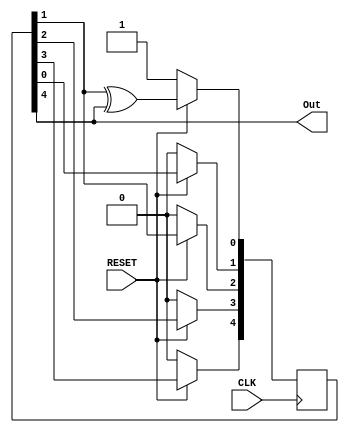
// --- Question 1 --- //

module LFSR(Out, CLK, RESET);
    input CLK, RESET;
    output Out;

    // Edit your module contents here
    reg [4:0] DFF;
    always @(posedge CLK) begin
      if(RESET==0) begin
        DFF <= 5'b00001;
      end else begin
        DFF[4] <= DFF[3];
        DFF[3] <= DFF[2];
        DFF[2] <= DFF[1];
        DFF[1] <= DFF[0];
        DFF[0] <= DFF[1] ^ DFF[4];
      end
    end
    assign Out = DFF[4];
endmodule

// --- Question 2 --- //
module Pingpong_Counter(Out, Direction, CLK, RESET, Enable);
    input CLK, RESET, Enable;
	output [3:0] Out;
    output Direction;

	// Edit your module contents here
	reg [3:0] counter;
    reg Direction = 0;
    always @(posedge CLK) begin 
      if ( RESET == 0 ) begin
        counter = 4'b0000;
      end else begin
        if ( Enable == 1 ) begin
          if ( (counter==4'b1111 & Direction==0) | (counter==4'b0000 & Direction==1) ) begin
            Direction = ~Direction;
          end
          if (Direction == 0) begin
            counter = counter + 1'b1;
          end else begin
            counter = counter - 1'b1;
          end
        end
      end
    end
    assign Out = counter;
endmodule


// --- Question 3 --- //
module CLK_Divider(CLK1_2, CLK1_4, CLK1_8, CLK1_3, DCLK, CLK, RESET, SEL);
    input CLK, RESET;
	input [1:0] SEL;
    output CLK1_2, CLK1_4, CLK1_8, CLK1_3, DCLK;

	// Edit your module contents here
	reg cnt2;
    reg [1:0] cnt4,cnt3;
    reg [2:0] cnt8;
    always @(posedge CLK) begin
      if (!RESET) begin
        cnt2 <= 0;
        cnt4 <= 1;
        cnt8 <= 3;
        cnt3 <= 0;
      end else begin 
        if (cnt2==1) begin
          cnt2 <= 0;
        end else begin
          cnt2 <= cnt2 + 1;
        end
        if (cnt4==3) begin
          cnt4 <= 0;
        end else begin
          cnt4 <= cnt4 + 1;
        end
        if (cnt8==7) begin
          cnt8 <= 0;
        end else begin
          cnt8 <= cnt8 + 1;
        end
        if (cnt3==2) begin
          cnt3 <= 0;
        end else begin;
          cnt3 <= cnt3 + 1;
        end
      end
    end
    assign CLK1_2=cnt2;
    assign CLK1_4=cnt4[1];
    assign CLK1_8=cnt8[2];
    assign CLK1_3=(cnt3==2'b00)?0:1;
    assign DCLK=(SEL==2'b00)?CLK1_2:(SEL==2'b01)?CLK1_4:(SEL==2'b10)?CLK1_8:CLK1_3;

endmodule


// --- Question 4 --- //
module FPGA_SW_LED(LED, SW);
    input [15:0] SW;
    output [15:0] LED;

    // Edit your module contents here
    assign LED[0]=SW[0];
    assign LED[1]=SW[1];
    assign LED[2]=SW[2];
    assign LED[3]=SW[3];
    assign LED[4]=SW[4];
    assign LED[5]=SW[5];
    assign LED[6]=SW[6];
    assign LED[7]=SW[7];
    assign LED[8]=SW[8];
    assign LED[9]=SW[9];
    assign LED[10]=SW[10];
    assign LED[11]=SW[11];
    assign LED[12]=SW[12];
    assign LED[13]=SW[13];
    assign LED[14]=SW[14];
    assign LED[15]=SW[15];

endmodule

module FullAdder(Sum, C_out, C_in, A, B);
    output Sum, C_out;
    input  C_in, A, B;
    wire xor_w, w1, w2;
    xor xor1(xor_w, A, B);
    xor xor2(Sum, xor_w, C_in);
    and and1(w1, C_in, xor_w);
    and and2(w2, A, B);
    or or1(C_out, w1, w2);
endmodule

// --- Question 5 --- //
module FPGA_Adder(Sum, C_out, A, B, C_in);
    input [5:0] A;
    input [5:0] B;
    input C_in;
    output C_out;
    output [5:0] Sum;

    // Edit your module contents here
    wire [4:0]  w;
    FullAdder Fa0(Sum[0], w[0], C_in, A[0], B[0]);
    FullAdder Fa1(Sum[1], w[1], w[0], A[1], B[1]);
    FullAdder Fa2(Sum[2], w[2], w[1], A[2], B[2]);
    FullAdder Fa3(Sum[3], w[3], w[2], A[3], B[3]); 
    FullAdder Fa4(Sum[4], w[4], w[3], A[4], B[4]); 
    FullAdder Fa5(Sum[5], C_out, w[4], A[5], B[5]); 
endmodule

// --- Optional Question 1 ---- //
module FPGA_Pingpong_Counter(Out, Direction, CLK, RESET, Enable);
    input CLK, RESET, Enable;		// You are allowed to use asynchronous RESET
	output [3:0] Out;
    output Direction;

    // Edit your module contents here
    reg [24:0] divider;
    wire o_clk;
    reg [3:0] Out;
    reg Direction;
    always @(posedge CLK or negedge RESET) begin
      if (!RESET)
        divider <= 25'b0;
      else
        divider <= divider + 1;
    end
    assign o_clk = divider[24];
    always @(posedge o_clk or negedge RESET) begin  
      if (!RESET) begin
        Out = 4'b0000;
      end else begin
        if ( Enable == 0 ) begin
          if ( (Out==4'b1111 & Direction==0) | (Out==4'b0000 & Direction==1) ) begin
            Direction = ~Direction;
          end
          if (Direction == 0) begin
            Out = Out + 1'b1;
          end else begin
            Out = Out - 1'b1;
          end
        end
      end
    end
    
endmodule

module hexseg(hex,seg);
    input [3:0] hex;
    output reg [6:0] seg;
    always @(hex)
        begin
            case(hex)
                4'b0000:seg=7'b1000000;//0
                4'b0001:seg=7'b1111001;//1
                4'b0010:seg=7'b0100100;//2
                4'b0011:seg=7'b0110000;//3
                4'b0100:seg=7'b0011001;//4
                4'b0101:seg=7'b0010010;//5
                4'b0110:seg=7'b0000010;//6
                4'b0111:seg=7'b1111000;//7
                4'b1000:seg=7'b0000000;//8
                4'b1001:seg=7'b0011000;//9
                4'b1010:seg=7'b0001000;//a
                4'b1011:seg=7'b0000011;//b
                4'b1100:seg=7'b1000110;//c
                4'b1101:seg=7'b0100001;//d
                4'b1110:seg=7'b0000110;//e
                4'b1111:seg=7'b0001110;//f
            endcase
        end
endmodule

// --- Optional Question 2 ---- //
module FPGA_7_Segment(AN, Seg, CLK, SW);
    input CLK;		
    input [15:0] SW; // use SW[0] as your synchronous RESET
    output [3:0] AN;
	output [6:0] Seg;

    // Edit your module contents here
    reg [16:0] divider;
    wire       o_clk;
    reg [3:0] AN;
    reg [3:0] Sel_SW;
    hexseg hs(Sel_SW,Seg);
    always @(posedge CLK or negedge SW[0]) begin
      if (!SW[0])
        divider <= 17'b0;
      else
        divider <= divider + 1;
    end
    assign o_clk = divider[16];   
    always @(posedge o_clk or negedge SW[0]) begin
      if (!SW[0]) begin
        AN <= 4'b1110;
        Sel_SW <= 4'b0000;
      end else begin
         if (AN==4'b0111) begin
           Sel_SW=SW[3:0];
           AN <= 4'b1110;
         end
         if (AN==4'b1110) begin
           Sel_SW=SW[7:4];
           AN <= 4'b1101;
         end
         if (AN==4'b1101) begin
           Sel_SW=SW[11:8];
           AN <= 4'b1011;
         end
         if (AN==4'b1011) begin
           Sel_SW=SW[15:12];
           AN <= 4'b0111;
         end
      end
    end
    
endmodule